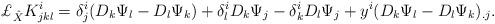
LaTeX: \begin{align*}& \pounds_{\hat{X}}K^i_{jkl}=\delta^i_{j}(D_{k}\Psi_{l} -D_{l}\Psi_{k})+\delta^i_{l}D_{k}\Psi_{j}-\delta^i_{k}D_{l}\Psi_{j} +y^i(D_{k}\Psi_{l} -D_{l}\Psi_{k})_{.j}.\end{align*}